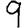
Digit: 9